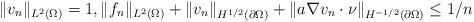
LaTeX: \begin{align*}\| v_n\|_{L^2(\Omega)} =1, \| f_n\|_{L^2(\Omega)} + \| v_n\|_{H^{1/2}(\partial \Omega)} + \| a \nabla v_n \cdot \nu \|_{H^{-1/2}(\partial \Omega)} \le 1/n \end{align*}